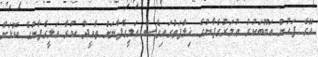
އޭގެ ފަހުން އަބޫބަކުރު ޢުމަރުގެފާނުގެ ޚިލާފަތުގައިވެސް ޢަލީގެފާނަށް ތާއީދު ކުރާ ޢަލީގެފާނުގެ ކޮޅަށް